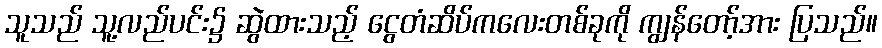
သူသည် သူ့လည်ပင်း၌ ဆွဲထားသည့် ငွေတံဆိပ်ကလေးတစ်ခုကို ကျွန်တော့်အား ပြသည်။